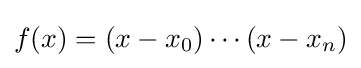
f(x)=(x-x_{0})\cdots (x-x_{n})